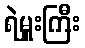
ရဲမှူးကြီး